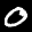
Label: 0